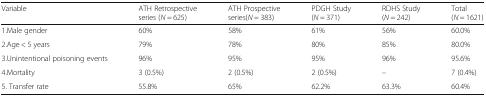
| Variable | ATH Retrospective series (N = 625) | ATH Prospective series(N = 383) | PDGH Study (N = 371) | RDHS Study (N = 242) | Total (N = 1621) |
 | --- | --- | --- | --- | --- | --- |
 | 1.Male gender | 60% | 58% | 61% | 56% | 60.0% |
 | 2.Age < 5 years | 79% | 78% | 80% | 85% | 80.0% |
 | 3.Unintentional poisoning events | 96% | 95% | 95% | 96% | 95.6% |
 | 4.Mortality | 3 (0.5%) | 2 (0.5%) | 2 (0.5%) | – | 7 (0.4%) |
 | 5. Transfer rate | 55.8% | 65% | 62.2% | 63.3% | 60.4% |